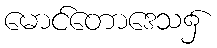
မောင်တောဒေသ၌